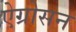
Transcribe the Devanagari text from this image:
ऐग्रोसन